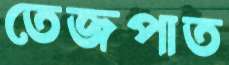
তেজপাত